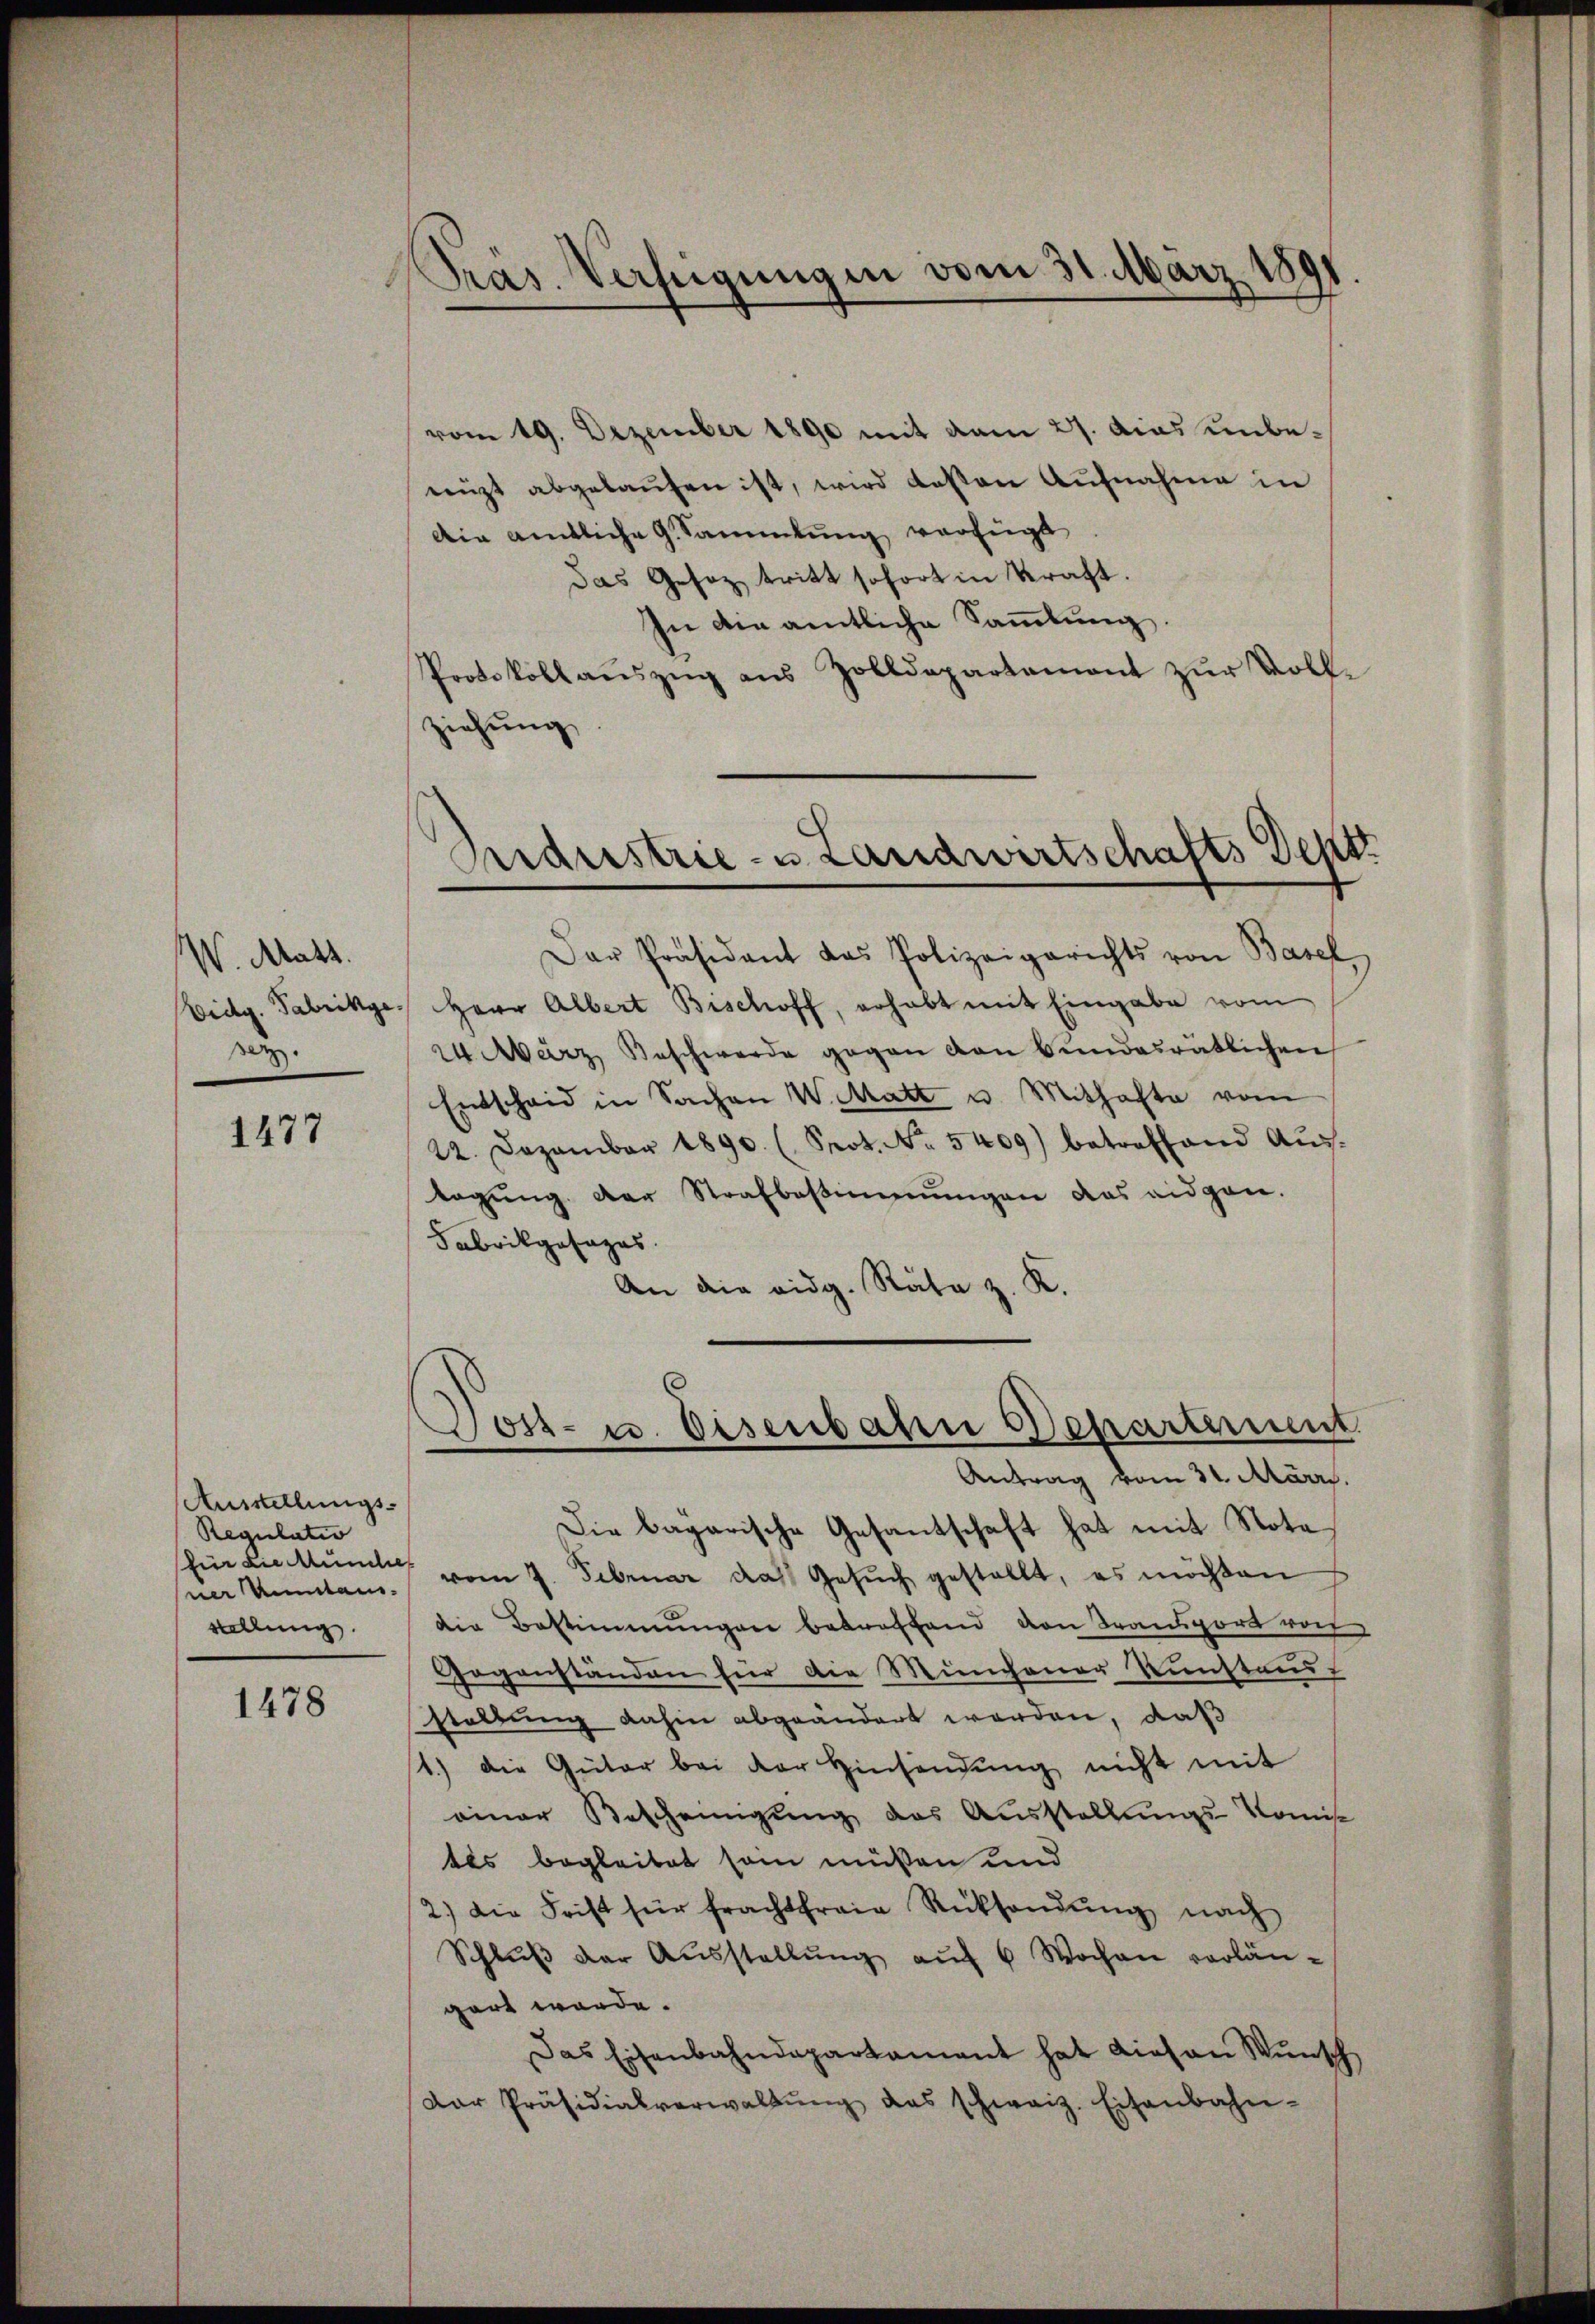
W. Matt.
ser.

1477

Ausstellungs-
Regulatio
sner Antan.
stellung

1478

Pras. Verfügungen vom 31. März 188
d

vom 19. Dezember 1890 mit vom 27. dies unbeniht abgelaŭfen ist, wird dessen Aufnahme in
Die amtliche G. Sammlung verfügt
das Gesez tritt sofort in Kraft.
In die amtliche Sammlung.
Protokoll aŭszŭg aŭs Zolldepartement zŭr Voll-
ziehung

Indristrie- u Landwirtschafts Dentz

Dar Präsidant das Polizeigerichts von Basel
Eidg. Fabrikge, Herr Albert Bischoff, erhabt mit Eingabe vom
24. März Beschwerde gegen von Bundesrätlichen
Entscheid in Sachen Watt u. Mithafte vom
22. Dezember 1890. (Prot. No. 5409) betreffend Aŭs-
tagŭng der Strafbestimmungen das eidgen.
Fabrikgesages.
An die eidg. Rata z. K.

Die bagarische Gesantschaft hat mit Note
für die kunde vom 7. Februar das Gesŭch gestellt, es möchten
die Bestimmungen betreffend von Transport vor
Gegenständen für die Münchener Kunstand
staltung dahin abgeändert werden, daß
1.) Die Güter bei der Hinsendŭng nicht mit
einer Bescheinigŭng des Ausstellungs-Komisc
tes begleitet sein müßen und
2.) Die Frist für frachtfreie Rücksendŭng nach
Schlŭβ der Aŭsstellŭng aŭf 6 Wochen vorlängart werde.
Das Eisenbahndepartament hat diesen Wŭnsch
Der Präsidialverwaltŭng das schweiz. Eisenbahn-

Post- u. Eisenbahre Departement
Antrag vom 31. März.